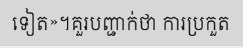
ទៀត»។គួរបញ្ជាក់ថា ការប្រកួត